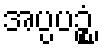
အပ္ပပဉ္စံ